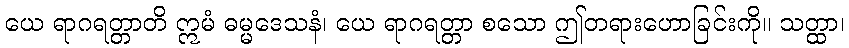
ယေ ရာဂရတ္တာတိ ဣမံ ဓမ္မဒေသနံ၊ ယေ ရာဂရတ္တာ စသော ဤတရားဟောခြင်းကို။ သတ္ထာ၊